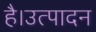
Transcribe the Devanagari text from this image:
है।उत्पादन